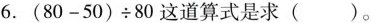
6.（80-50）\div80这道算式是求( )。